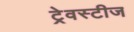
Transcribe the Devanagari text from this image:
ट्रेवस्टीज